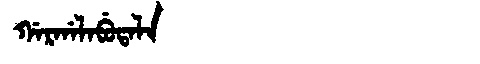
Manchu: ᡤᠠᡵᡤᠠᠯᠠᠪᡠᡨᠠᠯᠠ
Romanization: GARGALABUTALA